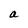
Character: a